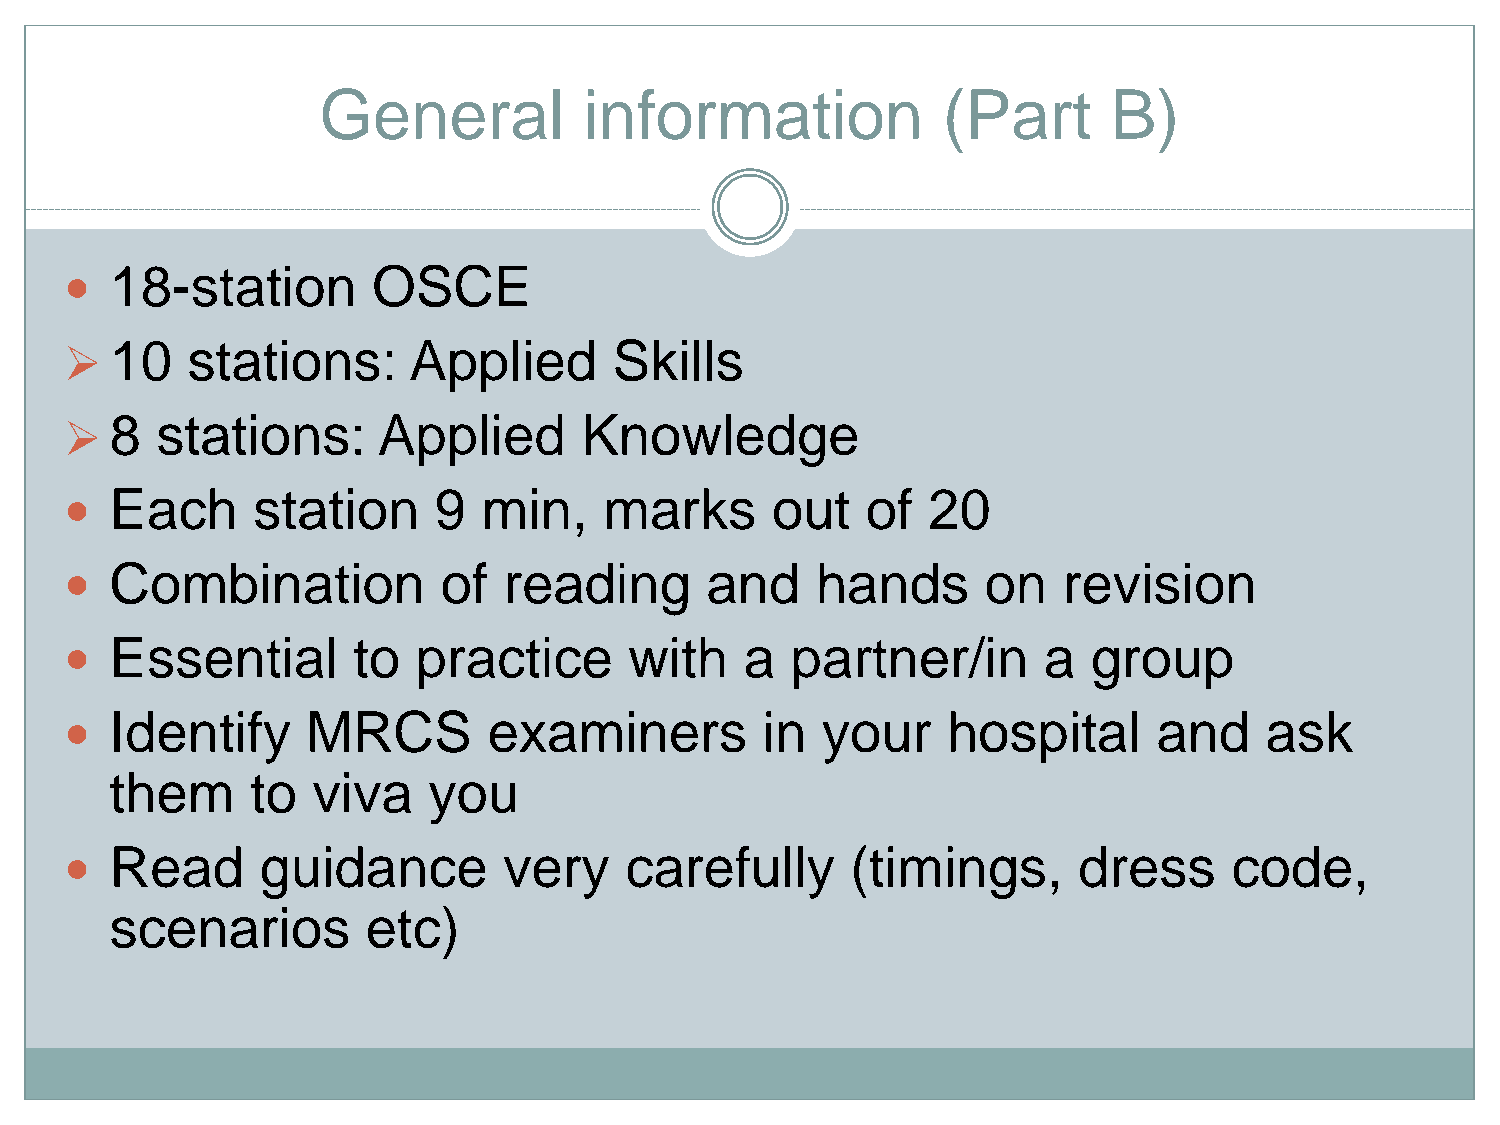
General           information            (Part       B)
 18-station        OSCE
 
 10   stations:      Applied       Skills
 ➢
 8  stations:      Applied      Knowledge
 ➢
 Each      station     9  min,    marks      out   of  20
 
 Combination           of  reading       and    hands      on   revision
 
 Essential       to   practice      with   a  partner/in       a  group
 
 Identify     MRCS        examiners         in  your     hospital      and    ask
 
 them      to  viva   you
 Read      guidance        very    carefully      (timings,      dress      code,
 
 scenarios        etc)